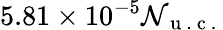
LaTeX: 5.81\times10^{-5}\mathcal{N}_{\mathrm{{~u~.~c~.~}}}